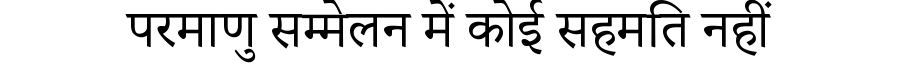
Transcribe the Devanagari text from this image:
परमाणु सम्मेलन में कोई सहमति नहीं